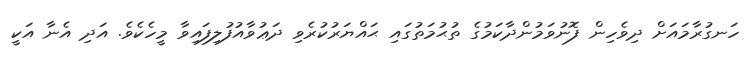
ހަނގުރާމައަށް ދިވެހިން ފޮނުވަމުންދާކަމުގެ ތުޙުމަތުގައި ޙައްޔަރުކުރެވި ދަޢުވާއުފުލިފައިވާ މީހެކެވެ. އަދި އެނާ އަކީ